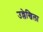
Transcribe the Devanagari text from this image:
उल्लेखिला